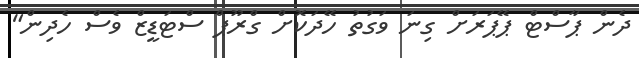
ދެން ޕާސްޓް ޕޭޕަރަށް ގިނަ ވަގުތު ހޭދަކޮށް ގްރޫޕް ސްޓަޑީޒް ވެސް ހެދިން"